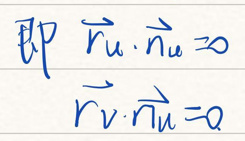
即\(\vec{r}_u\cdot\vec{n}_u = 0\)

\(\vec{r}_v\cdot\vec{n}_u = 0\)